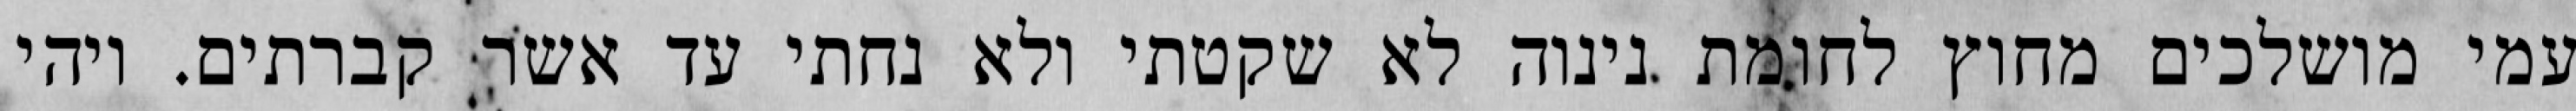
עמי מושלכים מחוץ לחומת נינוה לא שקטתי ולא נחתי עד אשר קברתים. ויהי